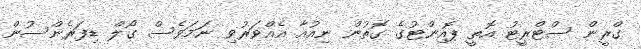
ގްރީން ސްޓްރީޓު އޮތީ ޕޮއިންޓުގެ ގޮތުން ނިއުއާ އެއްވަރުވި ނަމަވެސް ގޯލް ޑިފަރެންސުން